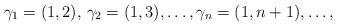
LaTeX: \begin{align*} \gamma_1 = (1,2), \, \gamma_2 = (1,3), \ldots , \gamma_n = (1,n+1), \ldots ,\end{align*}